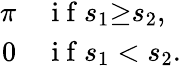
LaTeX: \begin{array}{rl}{\pi}&{{}\mathrm{~i~f~}s_{1}{\geq}s_{2},}\\ {0}&{{}\mathrm{~i~f~}s_{1}<s_{2}.}\end{array}